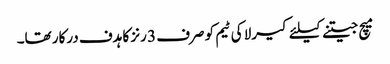
میچ جیتنے کیلئے کیرلا کی ٹیم کو صرف 3 رنز کا ہدف درکار تھا۔